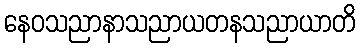
နေဝသညာနာသညာယတနသညာယာတိ